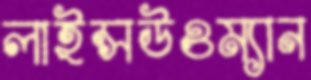
লাইন্সউওম্যান